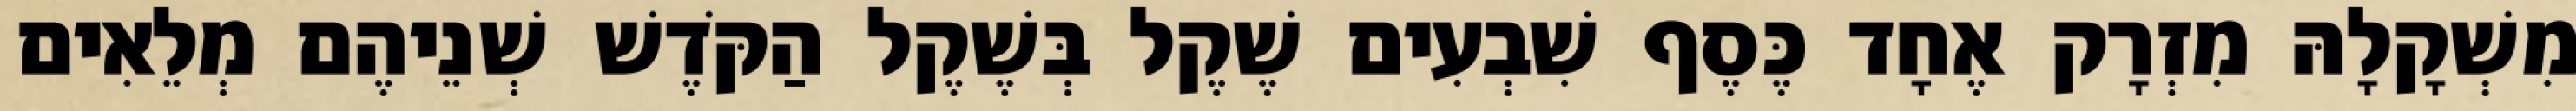
מִשְׁקָלָהּ מִזְרָק אֶחָד כֶּסֶף שִׁבְעִים שֶׁקֶל בְּשֶׁקֶל הַקֹּדֶשׁ שְׁנֵיהֶם מְלֵאִים